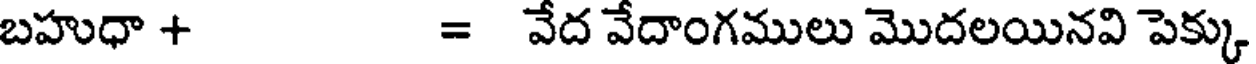
బహుధా + = వేద వేదాంగములు మొదలయినవి పెక్కు